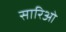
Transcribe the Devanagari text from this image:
सारिओ